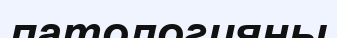
патологияны